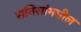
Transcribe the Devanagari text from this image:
रानिसांमधील